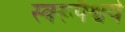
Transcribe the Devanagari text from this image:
स्वरूपैश्वर्य